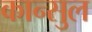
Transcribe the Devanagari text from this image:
कान्सुल